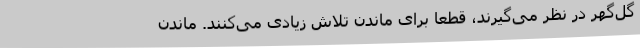
گل‌گهر در نظر می‌گیرند، قطعا برای ماندن تلاش زیادی می‌کنند. ماندن